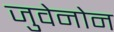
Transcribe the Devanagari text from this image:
जुवेनोन